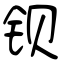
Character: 钡